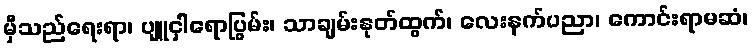
မှီသည်ရေးရာ၊ ပျူငှါရောပြွမ်း၊ သာချမ်းနုတ်ထွက်၊ လေးနက်ပညာ၊ ကောင်းရာမဆံ၊